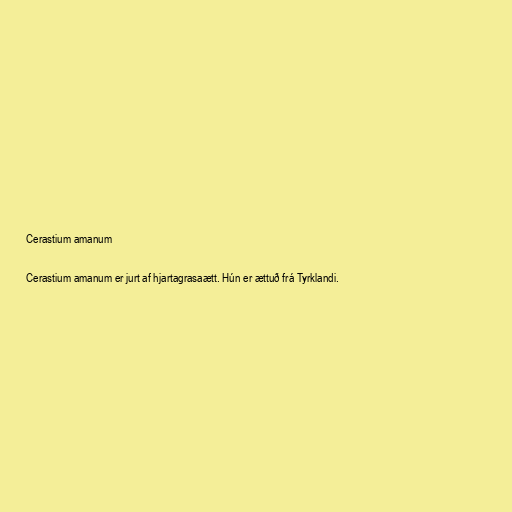
Cerastium amanum

Cerastium amanum er jurt af hjartagrasaætt. Hún er ættuð frá Tyrklandi.